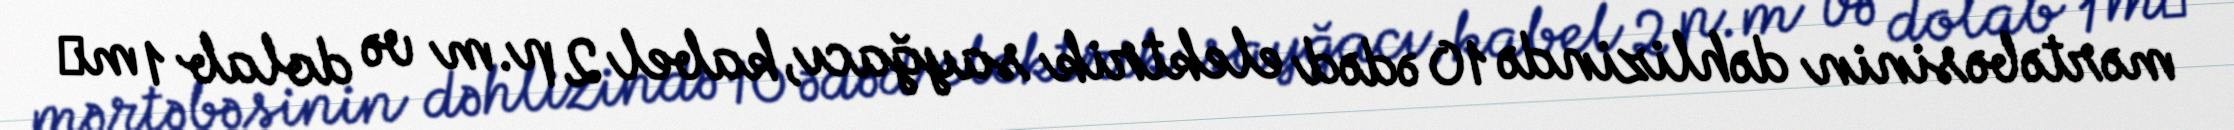
mərtəbəsinin dəhlizində 10 ədəd elektrik sayğacı, kabel 2 p.m və dolab 1 m²